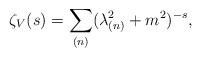
LaTeX: \begin{align*}\zeta_V(s)=\sum_{(n)}(\lambda _{(n)}^2 + m^2)^{-s},\end{align*}